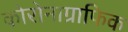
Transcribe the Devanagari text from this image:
कोरोनाग्राफिक